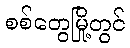
စစ်တွေမြို့တွင်